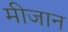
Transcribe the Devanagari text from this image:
मीजान